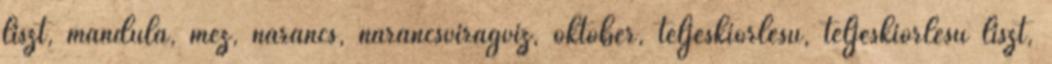
liszt, mandula, méz, narancs, narancsvirágvíz, október, teljeskiőrlésű, teljeskiőrlésű liszt,